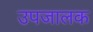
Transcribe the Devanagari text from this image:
उपजालक